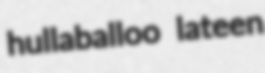
hullaballoo lateen